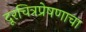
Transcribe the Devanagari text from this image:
दूरचित्रप्रेषणाचा